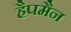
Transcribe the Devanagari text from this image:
हैपमैन